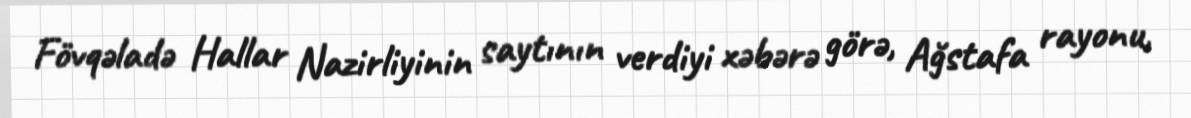
Fövqəladə Hallar Nazirliyinin saytının verdiyi xəbərə görə, Ağstafa rayonu,